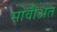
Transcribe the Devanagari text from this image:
सोवीअत